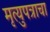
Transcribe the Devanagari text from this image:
मृत्युपत्राचा